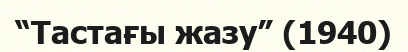
“Тастағы жазу” (1940)